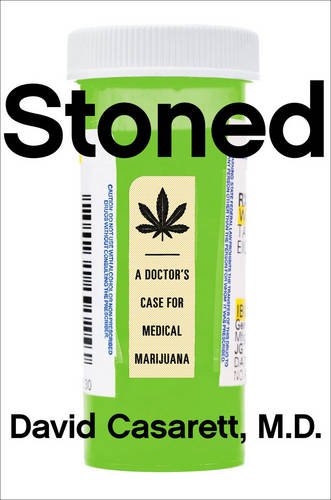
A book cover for Stoned: A Doctor's Case for Medical Marijuana; David Casarett M.D.; Medical Books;